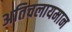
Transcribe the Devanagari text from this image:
अतिचलायमान